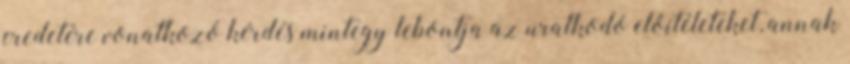
eredetére vonatkozó kérdés mintegy lebontja az uralkodó előítéleteket, annak